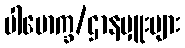
ပါမောက္ခ/ဌာနမှူးများ